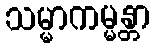
သမ္မာကမ္မန္တာ